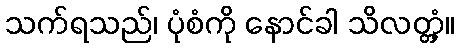
သက်ရသည်၊ ပုံစံကို နောင်ခါ သိလတ္တံ့။